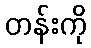
တန်းကို